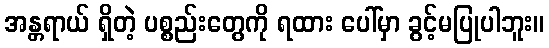
အန္တရာယ် ရှိတဲ့ ပစ္စည်းတွေကို ရထား ပေါ်မှာ ခွင့်မပြုပါဘူး။